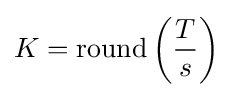
K=\operatorname {round} \left({\frac {T}{s}}\right)